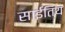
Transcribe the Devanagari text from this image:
साईतिय